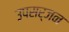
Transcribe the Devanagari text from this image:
उपसर्जन